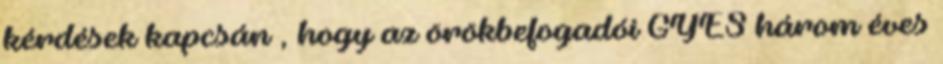
kérdések kapcsán , hogy az örökbefogadói GYES három éves